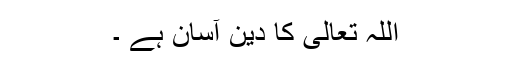
اللہ تعالیٰ کا دین آسان ہے ۔